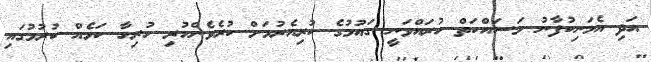
އަދި އެމަނިކުފާނު މަސައްކަތް ކުރައްވަނީ ގައުމުގެ ކުރިއެރުމަށް ކުރެވެންހުރި ހުރިހާ ކަމެއް ކުރުމުގައި